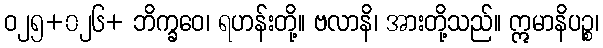
ဝ၂၅+၀၂၆+ ဘိက္ခဝေ၊ ရဟန်းတို့။ ဗလာနိ၊ အားတို့သည်။ ဣမာနိပဉ္စ၊